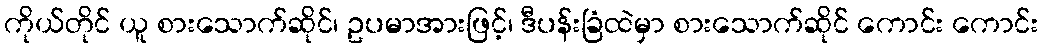
ကိုယ်တိုင် ယူ စားသောက်ဆိုင်၊ ဥပမာအားဖြင့်၊ ဒီပန်းခြံထဲမှာ စားသောက်ဆိုင် ကောင်း ကောင်း